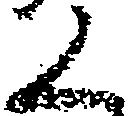
く